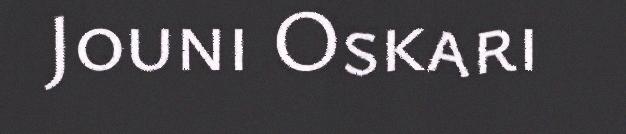
Jouni Oskari